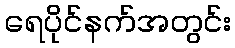
ရေပိုင်နက်အတွင်း